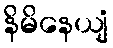
နိမိနေယျံ